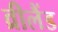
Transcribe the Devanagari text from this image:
व्रीलैंड